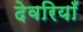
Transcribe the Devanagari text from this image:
देवरियाँ